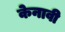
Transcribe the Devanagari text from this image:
केनावी